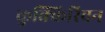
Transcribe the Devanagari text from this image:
कुक्किरिवन